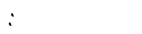
: